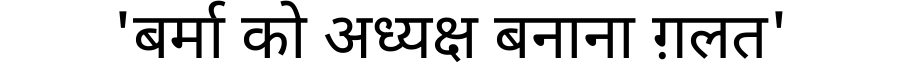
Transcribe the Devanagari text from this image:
'बर्मा को अध्यक्ष बनाना ग़लत'